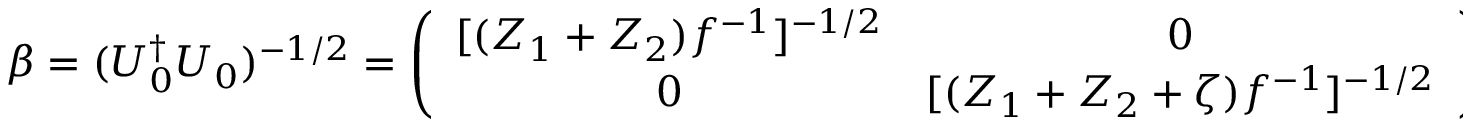
\beta = ( U _ { 0 } ^ { \dag } U _ { 0 } ) ^ { - 1 / 2 } = \left( \begin{array} { c c } { { [ ( Z _ { 1 } + Z _ { 2 } ) f ^ { - 1 } ] ^ { - 1 / 2 } } } & { { 0 } } \\ { { 0 } } & { { [ ( Z _ { 1 } + Z _ { 2 } + \zeta ) f ^ { - 1 } ] ^ { - 1 / 2 } } } \end{array} \right) .